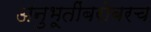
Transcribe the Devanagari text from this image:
अनुभूतींबरोबरच